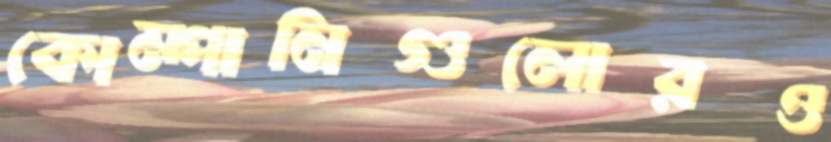
কোম্পানিগুলোরও